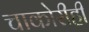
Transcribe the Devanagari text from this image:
चाकोरीही